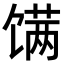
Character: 𬳏